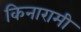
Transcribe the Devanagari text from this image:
किनारामी